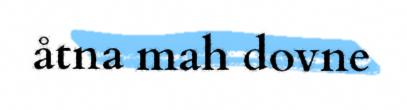
åtna mah dovne